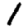
Digit: 1